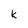
Character: k